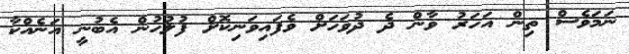
ނަމަވެސް ތިން އަހަރު ވާން ދެ ދުވަހަށް ވެފައިވަނިކޮށް ފުލުހުން އެބުނީ އަނެއްކާ